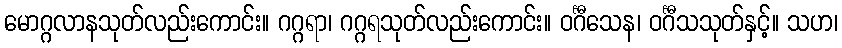
မောဂ္ဂလာနသုတ်လည်းကောင်း။ ဂဂ္ဂရာ၊ ဂဂ္ဂရသုတ်လည်းကောင်း။ ဝင်္ဂီသေန၊ ဝင်္ဂီသသုတ်နှင့်။ သဟ၊